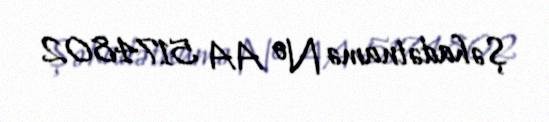
Şəhadətnamə № AA 5174802